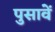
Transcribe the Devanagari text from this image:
पुसावें